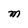
Character: M